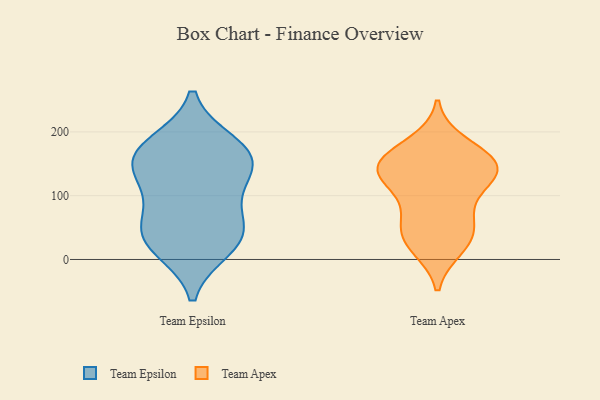
{"axis": {"x": "Humidity (%)", "y": "Value"}, "legend": ["Team Apex", "Team Epsilon"], "data": [{"x": "", "y": 42, "type": "Team Epsilon"}, {"x": "", "y": 33, "type": "Team Epsilon"}, {"x": "", "y": 129, "type": "Team Epsilon"}, {"x": "", "y": 100, "type": "Team Epsilon"}, {"x": "", "y": 158, "type": "Team Epsilon"}, {"x": "", "y": 162, "type": "Team Epsilon"}, {"x": "", "y": 19, "type": "Team Epsilon"}, {"x": "", "y": 161, "type": "Team Epsilon"}, {"x": "", "y": 51, "type": "Team Epsilon"}, {"x": "", "y": 180, "type": "Team Epsilon"}, {"x": "", "y": 143, "type": "Team Apex"}, {"x": "", "y": 181, "type": "Team Apex"}, {"x": "", "y": 128, "type": "Team Apex"}, {"x": "", "y": 151, "type": "Team Apex"}, {"x": "", "y": 20, "type": "Team Apex"}, {"x": "", "y": 34, "type": "Team Apex"}, {"x": "", "y": 146, "type": "Team Apex"}, {"x": "", "y": 63, "type": "Team Apex"}, {"x": "", "y": 30, "type": "Team Apex"}, {"x": "", "y": 104, "type": "Team Apex"}, {"x": "", "y": 144, "type": "Team Apex"}, {"x": "", "y": 61, "type": "Team Apex"}, {"x": "", "y": 132, "type": "Team Apex"}, {"x": "", "y": 163, "type": "Team Apex"}]}